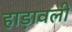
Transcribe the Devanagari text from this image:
हाड़ावली